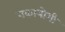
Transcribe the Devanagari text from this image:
नकायोशी